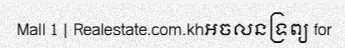
Mall 1 | Realestate.com.khអចលនទ្រព្យ for